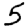
Digit: 5